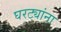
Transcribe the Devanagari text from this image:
घरट्यांना